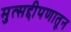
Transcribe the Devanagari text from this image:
मुत्सद्दीपणातून